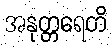
အနုတ္တရေတိ